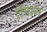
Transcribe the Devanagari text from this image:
लेगान